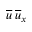
\overline { { u } } \: \overline { { u } } _ { x }